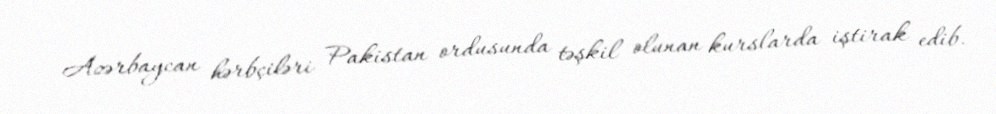
Azərbaycan hərbçiləri Pakistan ordusunda təşkil olunan kurslarda iştirak edib.